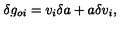
\delta g _ { o i } = v _ { i } \delta a + a \delta v _ { i } ,